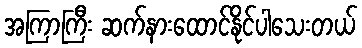
အကြာကြီး ဆက်နားထောင်နိုင်ပါသေးတယ်